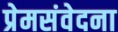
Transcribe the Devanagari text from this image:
प्रेमसंवेदना